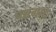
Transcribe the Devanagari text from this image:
पन्नगाद